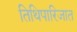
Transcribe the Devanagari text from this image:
तिथिपारिजात